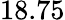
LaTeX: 18.75